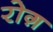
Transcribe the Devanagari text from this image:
रोग़